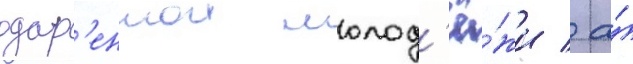
одар'еннои молод'ё́жи / а́